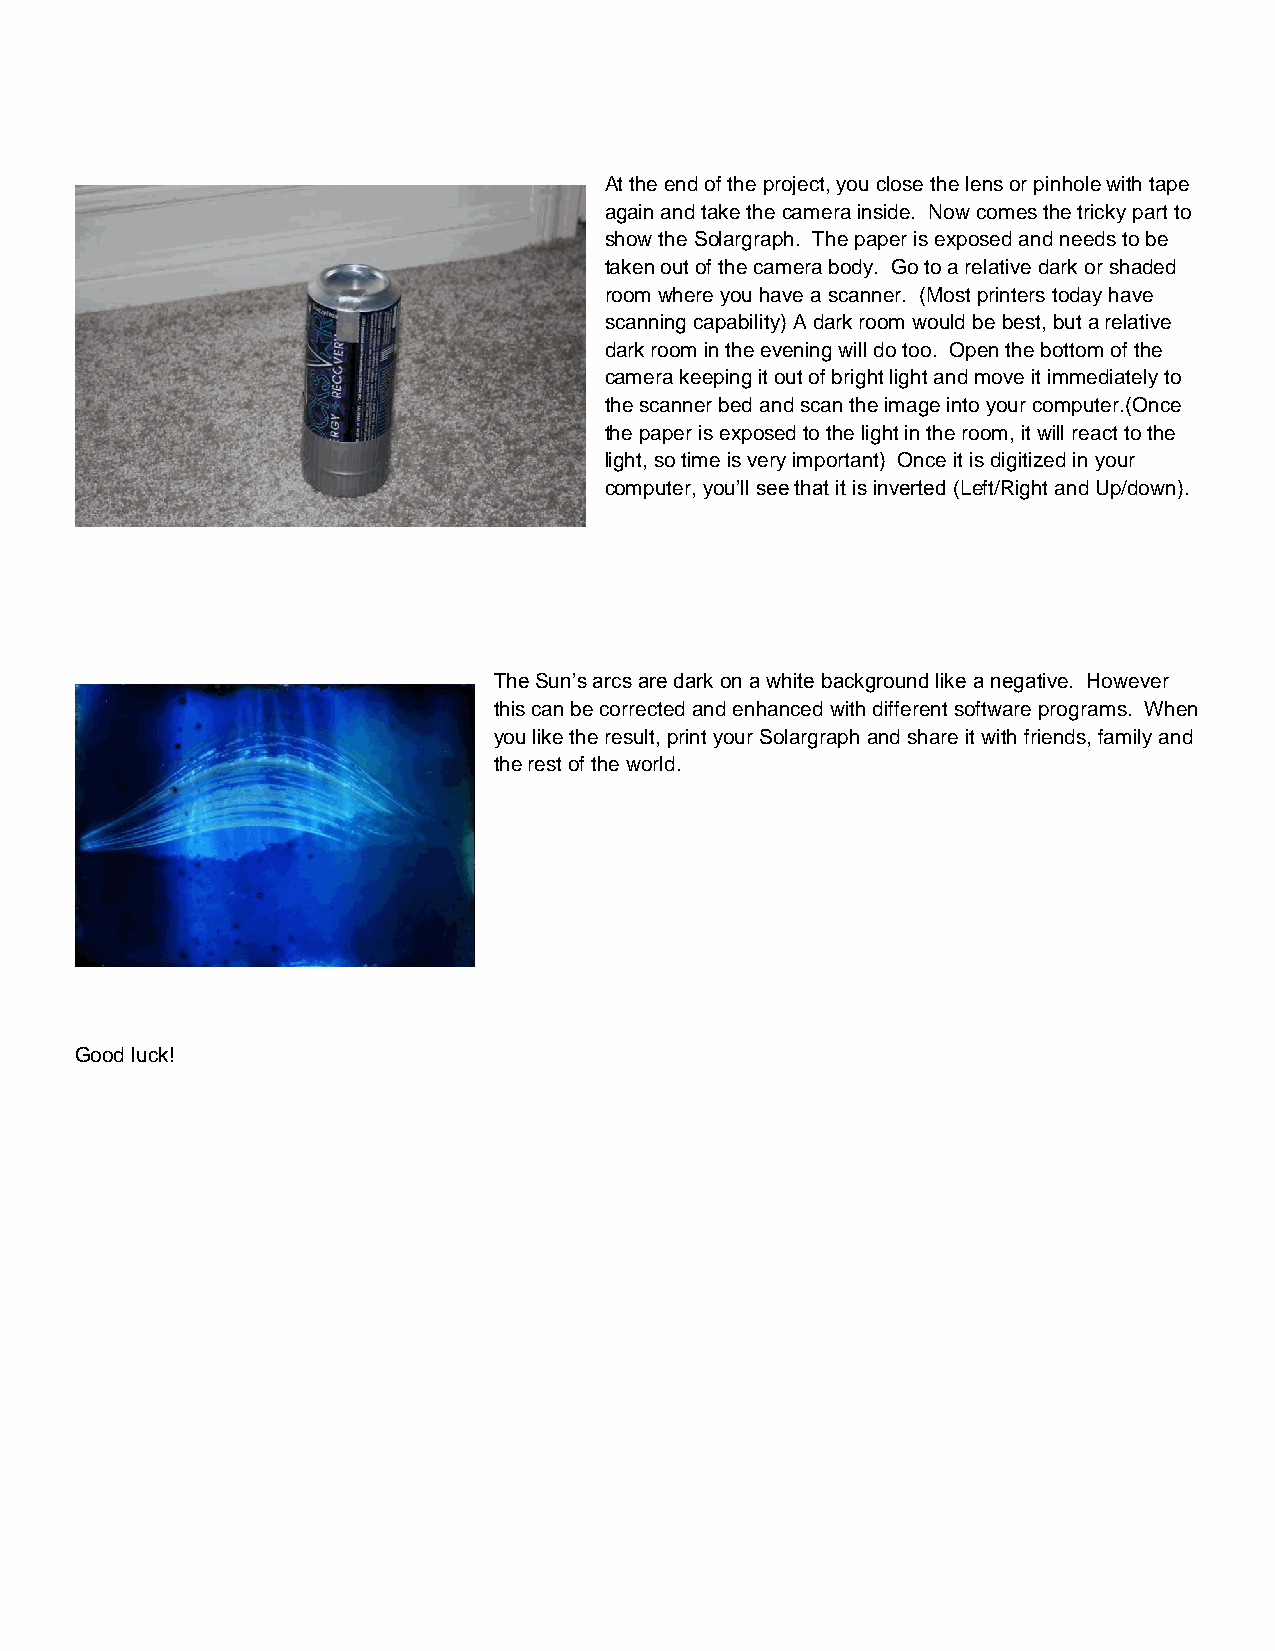
At the end of the project, you close the lens or pinhole with tape
 again and take the camera inside. Now comes the tricky part to
 show the Solargraph. The paper is exposed and needs to be
 taken out of the camera body. Go to a relative dark or shaded
 room where you have a scanner. (Most printers today have
 scanning capability) A dark room would be best, but a relative
 dark room in the evening will do too. Open the bottom of the
 camera keeping it out of bright light and move it immediately to
 the scanner bed and scan the image into your computer.(Once
 the paper is exposed to the light in the room, it will react to the
 light, so time is very important) Once it is digitized in your
 computer, you’ll see that it is inverted (Left/Right and Up/down).
 The Sun’s arcs are dark on a white background like a negative. However
 this can be corrected and enhanced with different software programs. When
 you like the result, print your Solargraph and share it with friends, family and
 the rest of the world.
 Good luck!